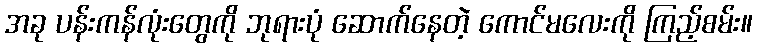
အခု ပန်းကန်လုံးတွေကို ဘုရားပုံ ဆောက်နေတဲ့ ကောင်မလေးကို ကြည့်စမ်း။